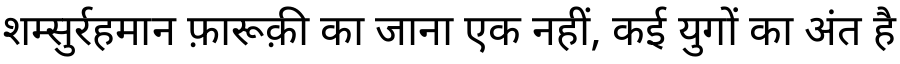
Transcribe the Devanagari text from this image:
शम्सुर्रहमान फ़ारूक़ी का जाना एक नहीं, कई युगों का अंत है